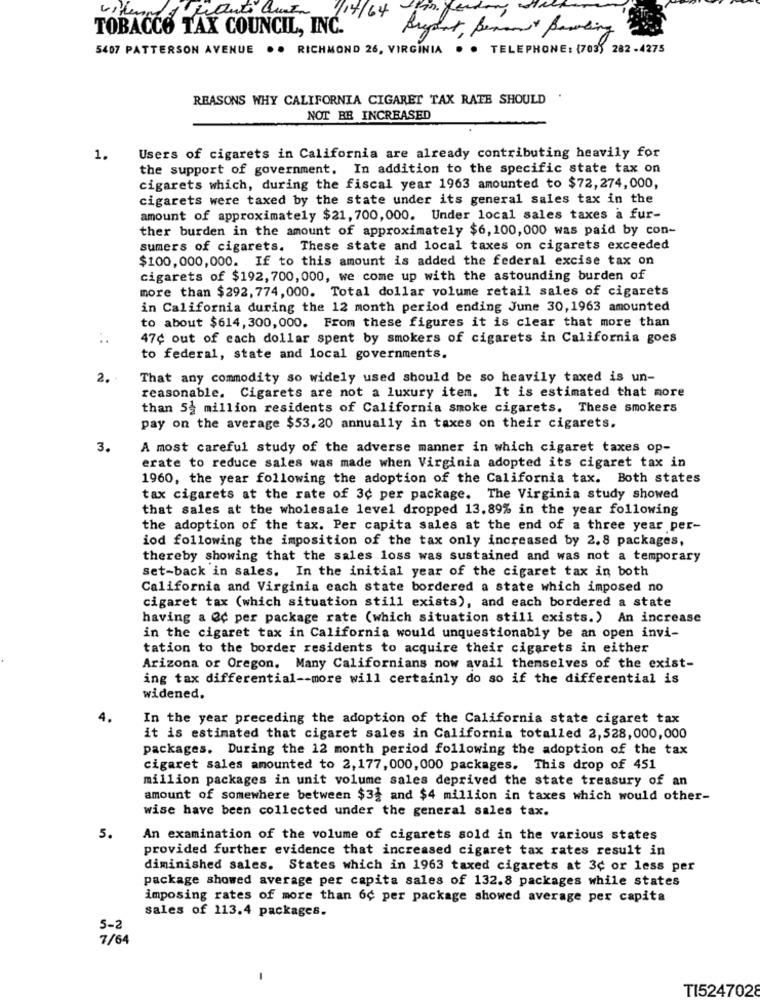
1/14/64
TOBACCO TAX COUNCIL, INC.
Regent, Berman Banking
5407 PATTERSON AVENUE .. RICHMOND 26, VIRGINIA . . TELEPHONE: (703) 282-4275
REASONS WHY CALIFORNIA CIGARET TAX RATE SHOULD
NOT BE INCREASED
1.
Users of cigarets in California are already contributing heavily for
the support of government. In addition to the specific state tax on
cigarets which, during the fiscal year 1963 amounted to $72, 274,000,
cigarets were taxed by the state under its general sales tax in the
amount of approximately $21, 700, 000. Under local sales taxes a fur-
ther burden in the amount of approximately $6,100, 000 was paid by con-
sumers of cigarets. These state and local taxes on cigarets exceeded
$100, 000,000. If to this amount is added the federal excise tax on
cigarets of $192, 700, 000, we come up with the astounding burden of
more than $292, 774, 000. Total dollar volume retail sales of cigarets
in California during the 12 month period ending June 30,1963 amounted
to about $614, 300, 000. From these figures it is clear that more than
47¢ out of each dollar spent by smokers of cigarets in California goes
to federal, state and local governments.
2.
That any commodity so widely used should be so heavily taxed is un-
reasonable. Cigarets are not a luxury item. It is estimated that more
than 5 million residents of California smoke cigarets. These smokers
pay on the average $53.20 annually in taxes on their cigarets.
3.
A most careful study of the adverse manner in which cigaret taxes op-
erate to reduce sales was made when Virginia adopted its cigaret tax in
1960, the year following the adoption of the California tax. Both states
tax cigarets at the rate of 3c per package. The Virginia study showed
that sales at the wholesale level dropped 13.89% in the year following
the adoption of the tax. Per capita sales at the end of a three year per-
iod following the imposition of the tax only increased by 2.8 packages,
thereby showing that the sales loss was sustained and was not a temporary
set-back in sales. In the initial year of the cigaret tax in both
California and Virginia cach state bordered a state which imposed no
cigaret tax (which situation still exists), and each bordered a state
having a Qc per package rate (which situation still exists.) An increase
in the cigaret tax in California would unquestionably be an open invi-
tation to the border residents to acquire their cigarets in either
Arizona of Oregon. Many Californians now avail themselves of the exist-
ing tax differential -- more will certainly do so if the differential is
widened.
In the year preceding the adoption of the California state cigaret tax
it is estimated that cigaret sales in California totalled 2,528,000,000
packages. During the 12 month period following the adoption of the tax
cigaret sales amounted to 2, 177, 000, 000 packages. This drop of 451
million packages in unit volume sales deprived the state treasury of an
amount of somewhere between $32 and $4 million in taxes which would other-
wise have been collected under the general sales tax.
5.
An examination of the volume of cigarets sold in the various states
provided further evidence that increased cigaret tax rates result in
diminished sales. States which in 1963 taxed cigarets at 3¢ or less per
package showed average per capita sales of 132.8 packages while states
imposing rates of more than 6c per package showed average per capita
sales of 113.4 packages.
5-2
7/64
-
TI5247028